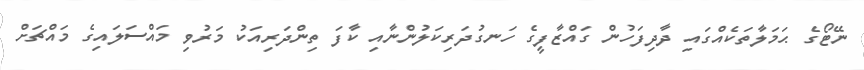
ނޭޓޯގެ ޙަމަލާތަކެއްގައި ދާދިފަހުން ގައްޒާފީގެ ހަނގުދަރިކަލުންނާއި ކާފަ ތިންދަރިއަކު މަރުވި މައްސަލައިގެ މައްޗަށް